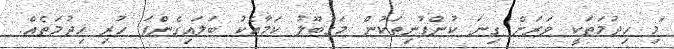
"މި ހިދުމަތަކީ ވަރަށް ގިނަ ކުންފުނިތަކުން މަގުބޫލު ކަމާއެކު ބަލައިގެންފަ ހުރި ހިދުމަތެއް.